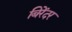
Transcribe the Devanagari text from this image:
बिरेंदर